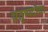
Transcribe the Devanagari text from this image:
चतुष्पदीचा